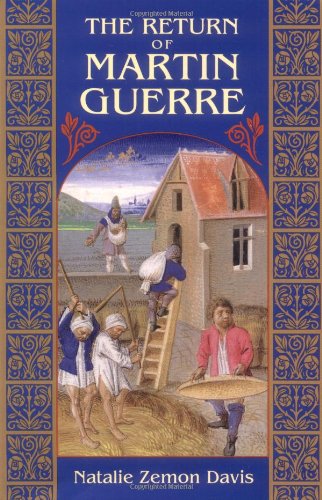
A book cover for The Return of Martin Guerre; Natalie Zemon Davis; Biographies & Memoirs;